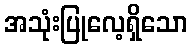
အသုံးပြုလေ့ရှိသော